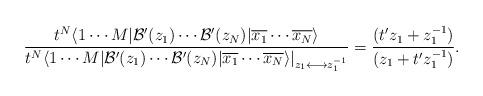
LaTeX: \begin{align*}\frac{t^N \langle 1 \cdots M|\mathcal{B}^\prime(z_1)\cdots \mathcal{B}^\prime(z_N)|\overline{x_1} \cdots\overline{x_N} \rangle}{t^N \langle 1 \cdots M|\mathcal{B}^\prime(z_1)\cdots \mathcal{B}^\prime(z_N)|\overline{x_1} \cdots\overline{x_N} \rangle|_{z_1 \longleftrightarrow z_1^{-1}}}=\frac{(t^\prime z_1+z_1^{-1})}{(z_1+t^\prime z_1^{-1})}.\end{align*}